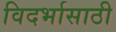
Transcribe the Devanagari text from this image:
विदर्भासाठी